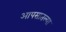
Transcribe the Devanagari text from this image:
आपसातल्या